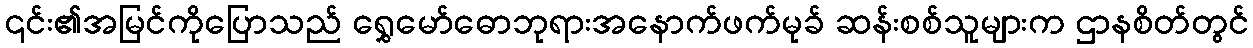
၎င်း၏အမြင်ကိုပြောသည် ရွှေမော်ဓောဘုရားအနောက်ဖက်မုခ် ဆန်းစစ်သူများက ဌာနစိတ်တွင်